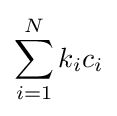
\sum _{i=1}^{N}k_{i}c_{i}